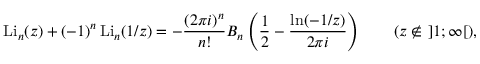
\operatorname { L i } _ { n } ( z ) + ( - 1 ) ^ { n } \operatorname { L i } _ { n } ( 1 / z ) = - { \frac { ( 2 \pi i ) ^ { n } } { n ! } } B _ { n } \left( { \frac { 1 } { 2 } } - { \frac { \ln ( - 1 / z ) } { 2 \pi i } } \right) \qquad ( z \not \in ~ ] 1 ; \infty [ ) ,